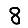
Digit: 8